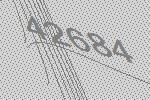
42684